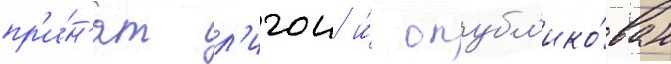
пр'и́н'ят л'игои и́ опубл'ико́ван